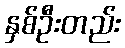
နှစ်ဦးတည်း